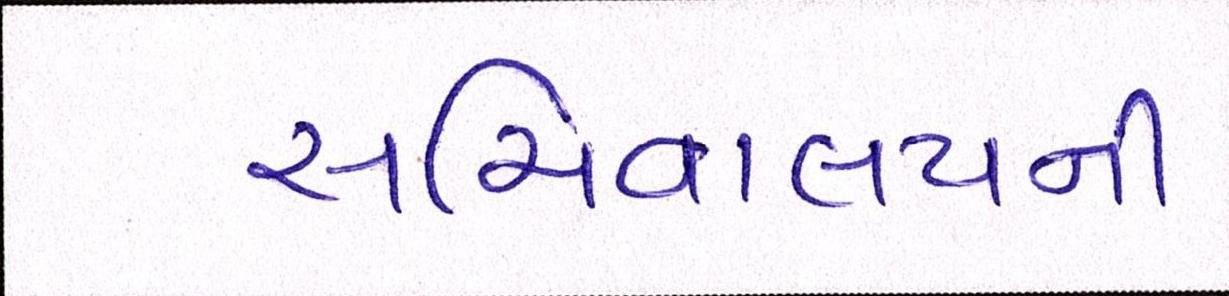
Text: સચિવાલયની